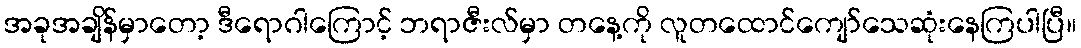
အခုအချိန်မှာတော့ ဒီရောဂါကြောင့် ဘရာဇီးလ်မှာ တနေ့ကို လူတထောင်ကျော်သေဆုံးနေကြပါပြီ။